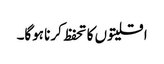
اقلیتوں کا تحفظ کرنا ہوگا۔